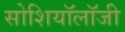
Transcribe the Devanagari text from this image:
सोशियॉलॉजी